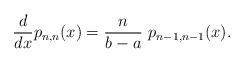
LaTeX: \begin{align*}\frac{d}{dx}p_{n,n}(x )= \frac{n}{b - a} \ p_{n-1, n - 1} (x). \end{align*}